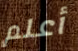
أعلم